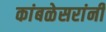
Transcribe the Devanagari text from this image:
कांबळेसरांनी